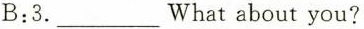
B:3. ___ Whatabout you?